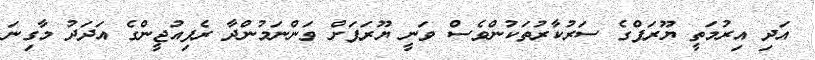
އަދި އިރުމަތީ ޔޫރަޕްގެ ސަރުކާރުތަކުންވެސް ވަނީ ޔޫރަޕަށް ވަންނަމުންދާ ރެފިއުޖީންގެ އަދަދު މާގިނަ